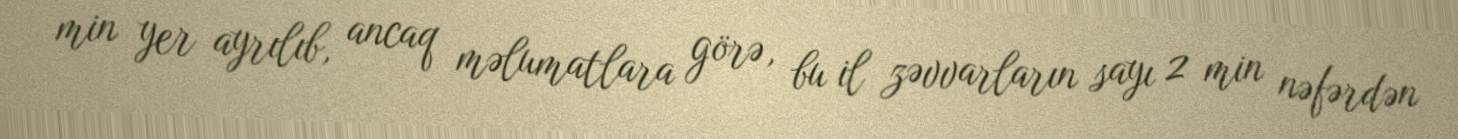
min yer ayrılıb, ancaq məlumatlara görə, bu il zəvvarların sayı 2 min nəfərdən